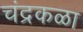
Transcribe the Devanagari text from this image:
चंद्रकळा